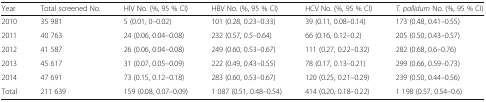
| Year | Total screened No. | HIV No. (%, 95 % CI) | HBV No. (%, 95 % CI) | HCV No. (%, 95 % CI) | T. pallidum No. (%, 95 % CI) |
 | --- | --- | --- | --- | --- | --- |
 | 2010 | 35 981 | 5 (0.01, 0–0.02) | 101 (0.28, 0.23–0.33) | 39 (0.11, 0.08–0.14) | 173 (0.48, 0.41–0.55) |
 | 2011 | 40 763 | 24 (0.06, 0.04–0.08) | 232 (0.57, 0.5–0.64) | 66 (0.16, 0.12–0.2) | 205 (0.50, 0.43–0.57) |
 | 2012 | 41 587 | 26 (0.06, 0.04–0.08) | 249 (0.60, 0.53–0.67) | 111 (0.27, 0.22–0.32) | 282 (0.68, 0.6–0.76) |
 | 2013 | 45 617 | 31 (0.07, 0.05–0.09) | 222 (0.49, 0.43–0.55) | 78 (0.17, 0.13–0.21) | 299 (0.66, 0.59–0.73) |
 | 2014 | 47 691 | 73 (0.15, 0.12–0.18) | 283 (0.60, 0.53–0.67) | 120 (0.25, 0.21–0.29) | 239 (0.50, 0.44–0.56) |
 | Total | 211 639 | 159 (0.08, 0.07–0.09) | 1 087 (0.51, 0.48–0.54) | 414 (0.20, 0.18–0.22) | 1 198 (0.57, 0.54–0.6) |